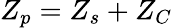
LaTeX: Z_{p}=Z_{s}+Z_{C}